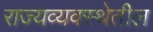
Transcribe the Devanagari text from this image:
राज्यव्यवस्थेतील